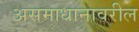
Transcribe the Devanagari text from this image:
असमाधानावरील